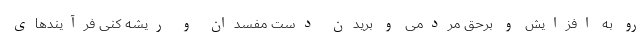
رو به افزایش و برحقّ مردمی و بریدن دست مفسدان و ریشه کنی فرآیندهای